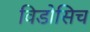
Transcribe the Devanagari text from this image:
विडोसिच